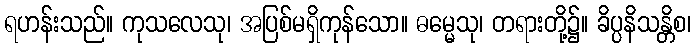
ရဟန်းသည်။ ကုသလေသု၊ အပြစ်မရှိကုန်သော။ ဓမ္မေသု၊ တရားတို့၌။ ခိပ္ပနိသန္တိစ၊